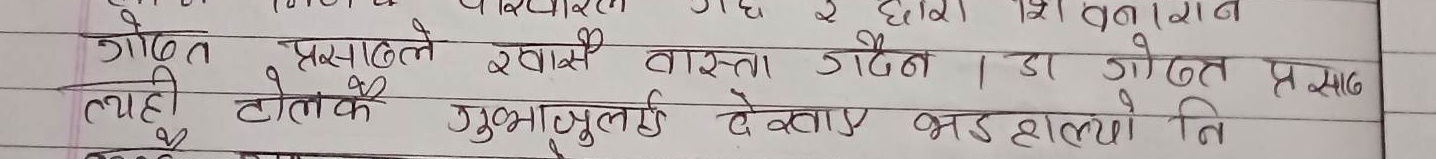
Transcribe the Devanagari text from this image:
गोधन प्रसादले खासै वास्ता गरेन । डा गोधन प्रसाद
त्यही टोलकै गुभाजुलाई देखाएपछि भड हाल्यो नि